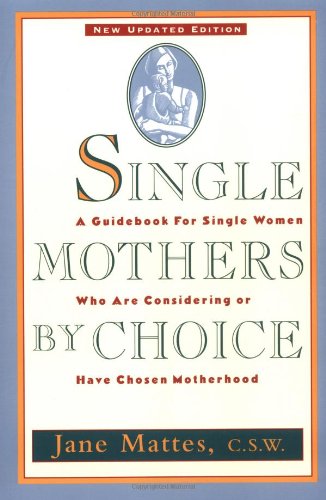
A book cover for Single Mothers by Choice: A Guidebook for Single Women Who Are Considering or Have Chosen Motherhood; Jane Mattes; Parenting & Relationships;